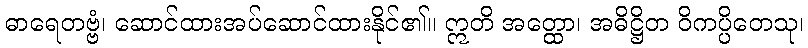
ဓာရေတဗ္ဗံ၊ ဆောင်ထားအပ်ဆောင်ထားနိုင်၏။ ဣတိ အတ္ထော၊ အဓိဋ္ဌိတ ဝိကပ္ပိတေသု၊